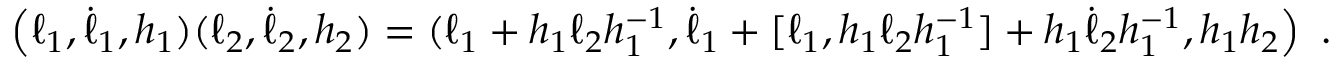
\left( \ell _ { 1 } , \dot { \ell } _ { 1 } , h _ { 1 } ) ( \ell _ { 2 } , \dot { \ell } _ { 2 } , h _ { 2 } ) = ( \ell _ { 1 } + h _ { 1 } \ell _ { 2 } h _ { 1 } ^ { - 1 } , \dot { \ell } _ { 1 } + [ \ell _ { 1 } , h _ { 1 } \ell _ { 2 } h _ { 1 } ^ { - 1 } ] + h _ { 1 } \dot { \ell } _ { 2 } h _ { 1 } ^ { - 1 } , h _ { 1 } h _ { 2 } \right) \ .